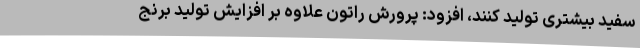
سفید بیشتری تولید کنند، افزود: پرورش راتون علاوه بر افزایش تولید برنج